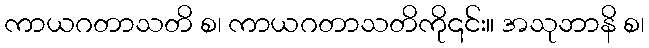
ကာယဂတာသတိ စ၊ ကာယဂတာသတိကို၎င်း။ အသုဘာနိ စ၊